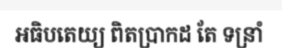
អធិបតេយ្យ ពិតប្រាកដ តែ ទន្រាំ